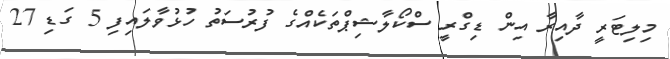
މިލިޓަރީ ދާއިރާ އިން ޑިގްރީ ސްކޯލާޝިޕްތަކެއްގެ ފުރުސަތު ހުޅުވާލައިފި 5 ގަޑި 27